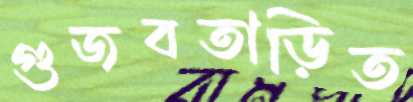
গুজবতাড়িত